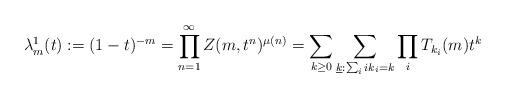
LaTeX: \begin{align*} \lambda^1_m(t):=(1 - t)^{-m}= \prod_{n=1}^{\infty}Z(m,t^n)^{\mu(n)}=\sum_{k\geq 0} \sum_{\underline{k}: \sum_i ik_i=k} \prod_i T_{k_i}(m)t^k \end{align*}